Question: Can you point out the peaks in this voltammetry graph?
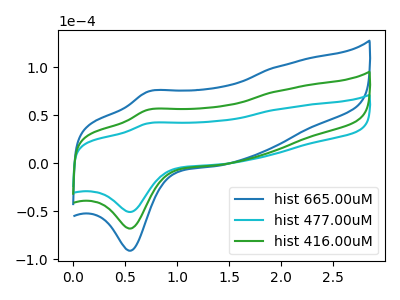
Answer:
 <answer>The blue curve "hist 665.00uM" has an anodic peak at (0.70V, 111.15uA) and a cathodic peak at (0.55V, -136.15uA). The cyan curve "hist 477.00uM" has an anodic peak at (0.70V, 41.50uA) and a cathodic peak at (0.55V, -50.85uA). The green curve "hist 416.00uM" has an anodic peak at (0.70V, 55.55uA) and a cathodic peak at (0.55V, -68.10uA).</answer>
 <eval></eval>